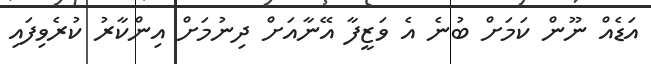
އަޑެއް ނޫން ކަމަށް ބުނެ އެ ވަޒީފާ އޭނާއަށް ދިނުމަށް އިންކާރު ކުރެވިފައި